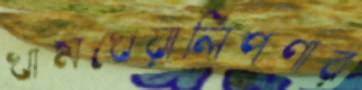
খামখেয়ালিপণার